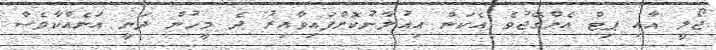
ޖޯލީ އާއި ޕިޓް އެންގޭޖުވެ އެކަން އިއުލާނުކޮށްފައިވާއިރު ދެ މީހުން ދަނީ އަނެއްކާވެސް